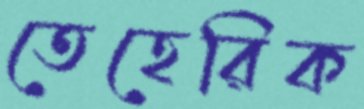
তেহেরিক